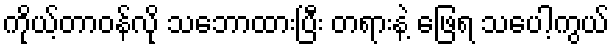
ကိုယ့်တာဝန်လို သဘောထားပြီး တရားနဲ့ ဖြေရ သပေါ့ကွယ်